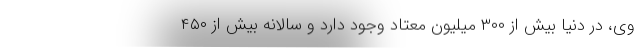
وی، در دنیا بیش از ۳۰۰ میلیون معتاد وجود دارد و سالانه بیش از ۴۵۰